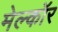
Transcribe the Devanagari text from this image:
मेल्कॉर